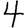
Digit: 4